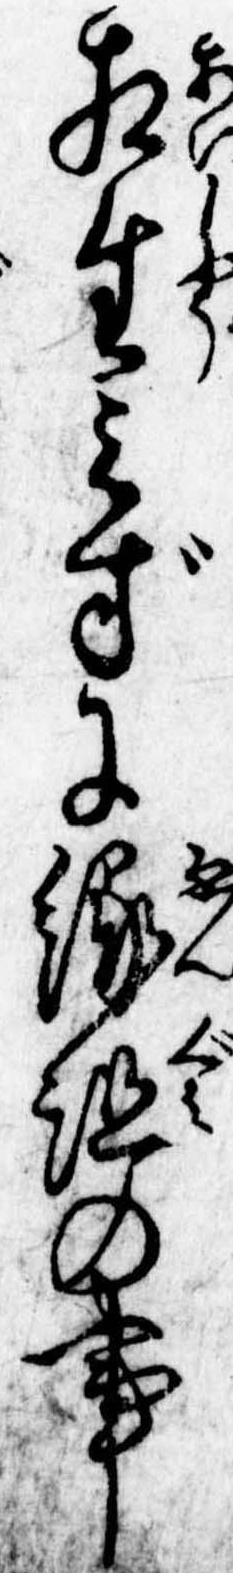
相生みずに縁組の事